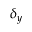
\delta _ { y }